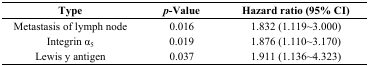
| Type | p-Value | Hazard ratio (95% CI) |
 | --- | --- | --- |
 | Metastasis of lymph node | 0.016 | 1.832 (1.119~3.000) |
 | Integrin α5 | 0.019 | 1.876 (1.110~3.170) |
 | Lewis y antigen | 0.037 | 1.911 (1.136~4.323) |